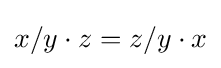
x/y\cdot z=z/y\cdot x